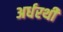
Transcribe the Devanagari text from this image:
अर्धरथी